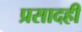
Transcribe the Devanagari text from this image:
प्रसादही